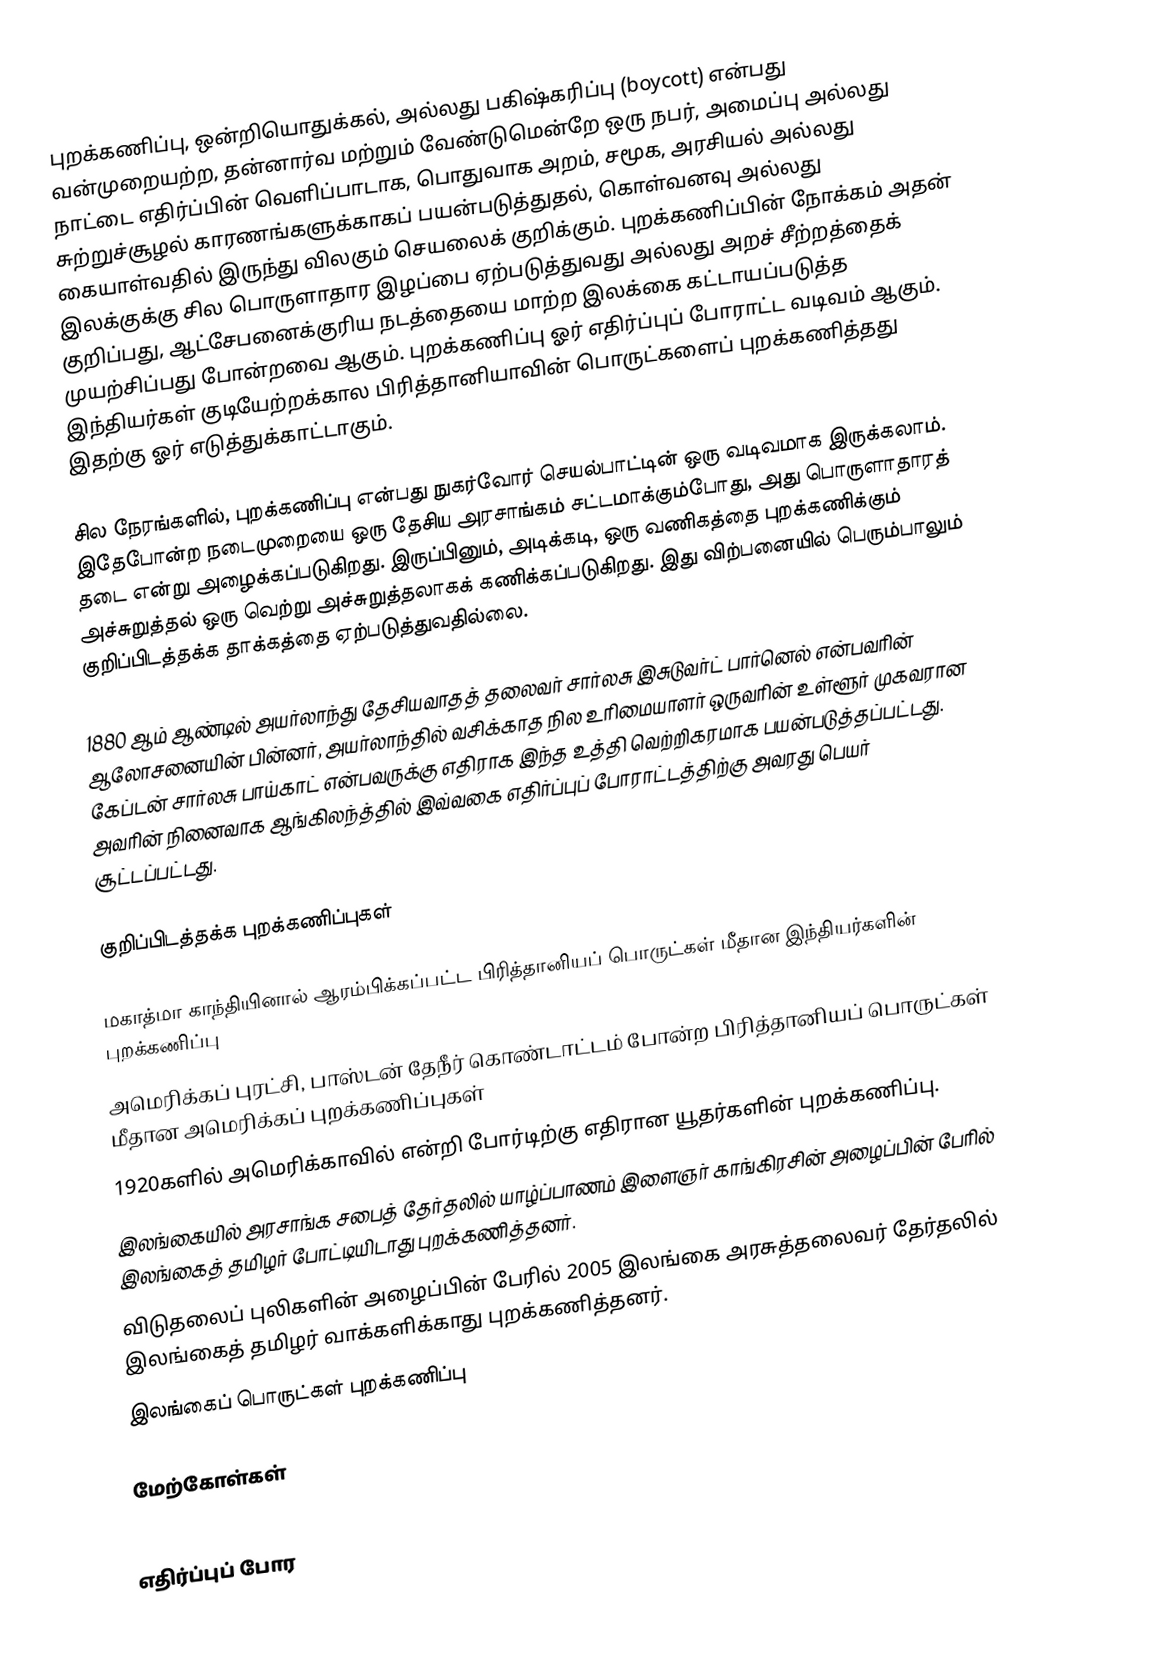
புறக்கணிப்பு, ஒன்றியொதுக்கல், அல்லது பகிஷ்கரிப்பு (boycott) என்பது வன்முறையற்ற, தன்னார்வ மற்றும் வேண்டுமென்றே ஒரு நபர், அமைப்பு அல்லது நாட்டை எதிர்ப்பின் வெளிப்பாடாக, பொதுவாக அறம், சமூக, அரசியல் அல்லது சுற்றுச்சூழல் காரணங்களுக்காகப் பயன்படுத்துதல், கொள்வனவு அல்லது கையாள்வதில் இருந்து விலகும் செயலைக் குறிக்கும். புறக்கணிப்பின் நோக்கம் அதன் இலக்குக்கு சில பொருளாதார இழப்பை ஏற்படுத்துவது அல்லது அறச் சீற்றத்தைக் குறிப்பது, ஆட்சேபனைக்குரிய நடத்தையை மாற்ற இலக்கை கட்டாயப்படுத்த முயற்சிப்பது போன்றவை ஆகும். புறக்கணிப்பு ஓர் எதிர்ப்புப் போராட்ட வடிவம் ஆகும். இந்தியர்கள் குடியேற்றக்கால பிரித்தானியாவின் பொருட்களைப் புறக்கணித்தது இதற்கு ஓர் எடுத்துக்காட்டாகும்.

சில நேரங்களில், புறக்கணிப்பு என்பது நுகர்வோர் செயல்பாட்டின் ஒரு வடிவமாக இருக்கலாம். இதேபோன்ற நடைமுறையை ஒரு தேசிய அரசாங்கம் சட்டமாக்கும்போது, அது பொருளாதாரத் தடை என்று அழைக்கப்படுகிறது. இருப்பினும், அடிக்கடி, ஒரு வணிகத்தை புறக்கணிக்கும் அச்சுறுத்தல் ஒரு வெற்று அச்சுறுத்தலாகக் கணிக்கப்படுகிறது. இது விற்பனையில் பெரும்பாலும் குறிப்பிடத்தக்க தாக்கத்தை ஏற்படுத்துவதில்லை.

1880 ஆம் ஆண்டில் அயர்லாந்து தேசியவாதத் தலைவர் சார்லசு இசுடுவர்ட் பார்னெல் என்பவரின் ஆலோசனையின் பின்னர், அயர்லாந்தில் வசிக்காத நில உரிமையாளர் ஒருவரின் உள்ளூர் முகவரான கேப்டன் சார்லசு பாய்காட் என்பவருக்கு எதிராக இந்த உத்தி வெற்றிகரமாக பயன்படுத்தப்பட்டது. அவரின் நினைவாக ஆங்கிலந்த்தில் இவ்வகை எதிர்ப்புப் போராட்டத்திற்கு அவரது பெயர் சூட்டப்பட்டது.

குறிப்பிடத்தக்க புறக்கணிப்புகள்

 மகாத்மா காந்தியினால் ஆரம்பிக்கப்பட்ட பிரித்தானியப் பொருட்கள் மீதான இந்தியர்களின் புறக்கணிப்பு
 அமெரிக்கப் புரட்சி, பாஸ்டன் தேநீர் கொண்டாட்டம் போன்ற பிரித்தானியப் பொருட்கள் மீதான அமெரிக்கப் புறக்கணிப்புகள்
 1920களில் அமெரிக்காவில் என்றி போர்டிற்கு எதிரான யூதர்களின் புறக்கணிப்பு.
 இலங்கையில் அரசாங்க சபைத் தேர்தலில் யாழ்ப்பாணம் இளைஞர் காங்கிரசின் அழைப்பின் பேரில் இலங்கைத் தமிழர் போட்டியிடாது புறக்கணித்தனர்.
 விடுதலைப் புலிகளின் அழைப்பின் பேரில் 2005 இலங்கை அரசுத்தலைவர் தேர்தலில் இலங்கைத் தமிழர் வாக்களிக்காது புறக்கணித்தனர்.
 இலங்கைப் பொருட்கள் புறக்கணிப்பு

மேற்கோள்கள்

எதிர்ப்புப் போர